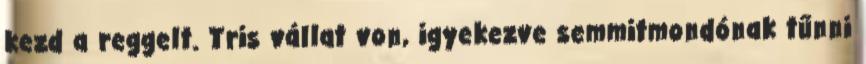
kezd a reggelt. Tris vállat von, igyekezve semmitmondónak tűnni